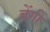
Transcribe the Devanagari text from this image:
बेंगी